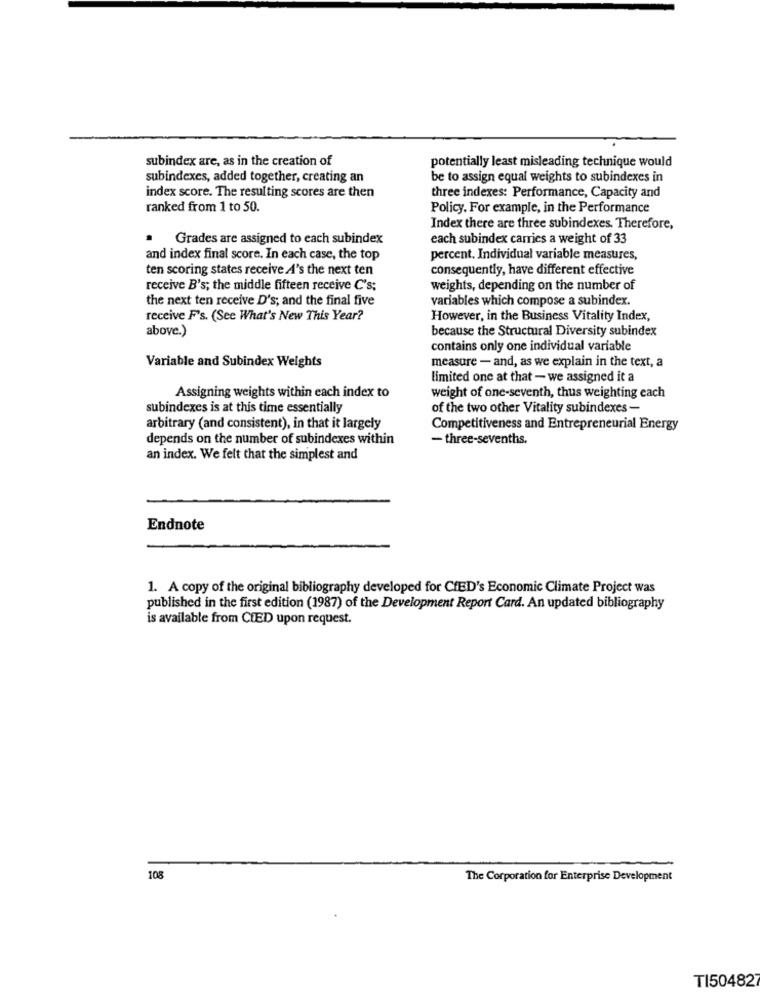
subindex are, as in the creation of
potentially least misleading technique would
subindexes, added together, creating an
be to assign equal weights to subindexes in
index score. The resulting scores are then
three indexes: Performance, Capacity and
ranked from 1 to 50.
Policy. For example, in the Performance
Index there are three subindexes. Therefore,
· Grades are assigned to each subindex
each subindex carries a weight of 33
and index final score. In each case, the top
percent. Individual variable measures,
ten scoring states receive A's the next ten
consequently, have different effective
receive B's; the middle fifteen receive C's;
weights, depending on the number of
the next ten receive D's; and the final five
variables which compose a subindex.
receive F's. (See What's New This Year?
However, in the Business Vitality Index,
above.)
because the Structural Diversity subindex
contains only one individual variable
Variable and Subindex Weights
measure - and, as we explain in the text, a
limited one at that - we assigned it a
Assigning weights within each index to
weight of one-seventh, thus weighting each
subindexes is at this time essentially
of the two other Vitality subindexes -
arbitrary (and consistent), in that it largely
Competitiveness and Entrepreneurial Energy
depends on the number of subindexes within
- three-sevenths.
an index. We felt that the simplest and
Endnote
1. A copy of the original bibliography developed for CfED's Economic Climate Project was
published in the first edition (1987) of the Development Report Card. An updated bibliography
is available from CIED upon request.
108
The Corporation for Enterprise Development
TI504827